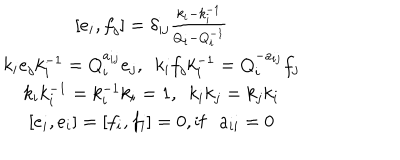
LaTeX: \begin{array} { c } { { \lbrack e _ { i } , f _ { j } \rbrack = \delta _ { i j } \frac { k _ { i } - k _ { i } ^ { - 1 } } { Q _ { i } - Q _ { i } ^ { - 1 } } } } \\ { { k _ { i } e _ { j } k _ { i } ^ { - 1 } = Q _ { i } ^ { a _ { i j } } e _ { j } , ~ ~ k _ { i } f _ { j } k _ { i } ^ { - 1 } = Q _ { i } ^ { - a _ { i j } } f _ { j } } } \\ { { k _ { i } k _ { i } ^ { - 1 } = k _ { i } ^ { - 1 } k _ { i } = 1 , ~ ~ k _ { i } k _ { j } = k _ { j } k _ { i } } } \\ { { \lbrack e _ { i } , e _ { i } \rbrack = \lbrack f _ { i } , f _ { i } \rbrack = 0 , \mathrm { i f } a _ { i i } = 0 } } \\ \end{array}